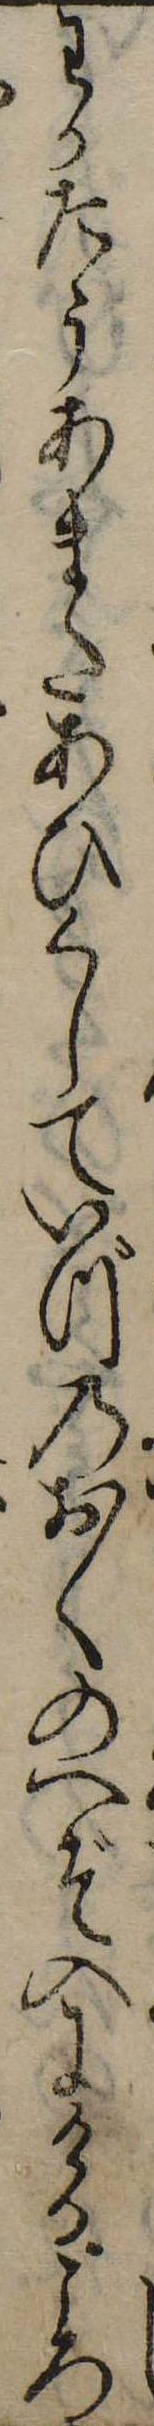
わかたうあまたあひくしていづのおくのへぞ入にけるころ